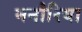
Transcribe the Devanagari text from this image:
मनौरिया